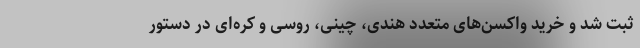
ثبت شد و خرید واکسن‌های مُتعدد هندی، چینی، روسی و کره‌ای در دستور